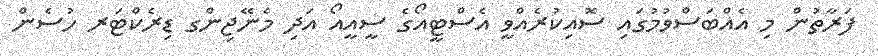
ފަރާތުން މި އެއްބަސްވުމުގައި ސޮއިކުރެއްވީ އެސްޓީއޯގެ ސީއީއޯ އަދި މެނޭޖިންގ ޑިރެކްޓަރ ހުސެން